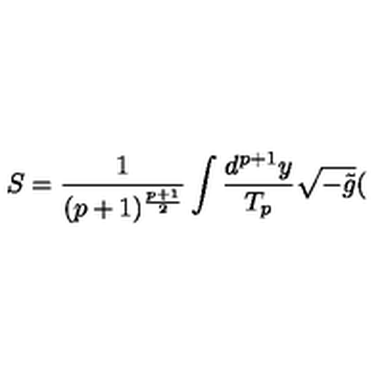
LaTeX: S = \frac 1 { ( p + 1 ) ^ { \frac { p + 1 } 2 } } \int \frac { d ^ { p + 1 } y } { T _ { p } } \sqrt { - \tilde { g } } (